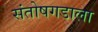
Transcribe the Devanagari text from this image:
संतोषगडाला